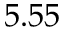
5 . 5 5